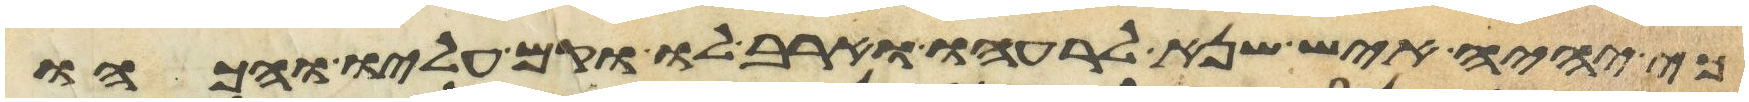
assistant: כי יהיה איש שנא לרעהו וארב לו וקם עליו והכהו